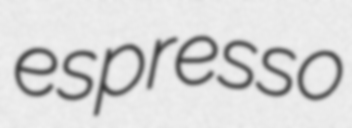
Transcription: espresso